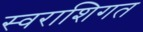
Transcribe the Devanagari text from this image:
स्वराशिगत